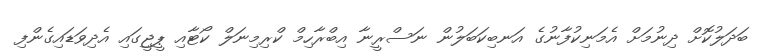
ބަދަލުކޮށް ދިނުމަށް އެމަނިކުފާނުގެ އަނބިކަބަލުން ނަސްރީނާ އިބްރާހިމް ކްރިމިނަލް ކޯޓާއި ޕީޖީގައި އެދިވަޑައިގެންފި